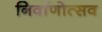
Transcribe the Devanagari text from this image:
निर्वाणोत्सव